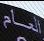
العام